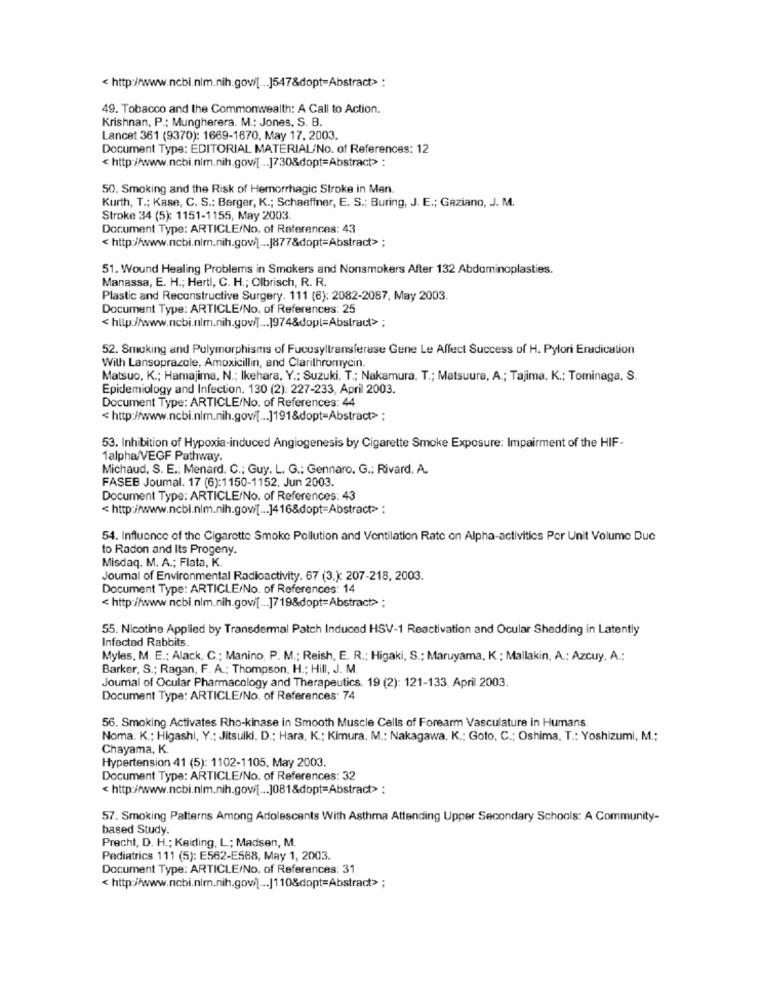
< http://www.ncbi.nim.nih.gov/[. .. ]547&dopt=Abstract> :
49. Tobacco and the Commonwealth: A Call to Action.
Krishnan, P .: Mungherera. M .: Jones, S. B.
Lancet 361 (9370): 1669-1670, May 17, 2003.
Document Type: EDITORIAL MATERIAL/No. of References: 12
<http://www.ncbi.nlm.nih.gov/[ ... ]730&dopt=Abstract> :
50. Smoking and the Risk of Hemorrhagic Stroke in Man.
Kurth, T .; Kase, C. S .: Berger, K .; Schaffner, E. S .; Buring, J. E .; Gaziano, J. M.
Stroke 34 (5): 1151-1155, May 2003.
Document Type: ARTICLE/No. of References: 43
< http://www.ncbi.nlm.nih.gov/[ ... |877&dopt=Abstract> ;
51. Wound Healing Problems in Smokers and Nonsmokers After 132 Abdominoplasties.
Manassa, E. H .; Hertl, C. H .; Olbrisch, R. R.
Plastic and Reconstructive Surgery. 111 (6): 2082-2087, May 2003.
Document Type: ARTICLE/No. of References: 25
<http://www.ncbi.nlm.nih.gov/[ ... ]974&dopl=Abstract> ;
52. Smoking and Polymorphisms of Fucusyltransferase Gene Le Affect Success of H. Pylori Eradication
With Lansoprazole, Amoxicillin, and Clarithromycin.
Matsuo, K .; Hamajima, N .; Ikehara, Y .; Suzuki. T .; Nakamura. T .; Matsuura, A .; Tajima, K .; Tominaga, S.
Epidemiology and Infection. 130 (2): 227-233. April 2003.
Document Type: ARTICLE/No. of References: 44
< http://www.ncbi.nlm.nih.gov/[ ... ]191&dopt-Abstract> ;
53. Inhibition of Hypoxia-induced Angiogenesis by Cigarette Smoke Exposure: Impairment of the HIF-
1alpha/VEGF Pathway.
Michaud, S. E .: Menard. C .: Guy. L. G .: Gennaro. G .: Rivard. A.
FASEB Joumal. 17 (6):1150-1152, Jun 2003.
Document Type: ARTICLE/No. of References: 43
< http://www.ncbi.nim.nih.gov/[ ... ]416&dopt=Abstract> :
54. Influence of the Cigarette Smoke Pollution and Ventilation Rate on Alpha-activities Per Unit Volume Due
to Radon and Its Progeny.
Misdaq. M. A .; Flata, K.
Joumal of Environmental Radioactivity. 67 (3.): 207-218, 2003.
Document Type: ARTICLE/No. of References: 14
< http://www.ncbi.nim.nih.gov/[ ... ]719&dopt=Abstract> ;
55. Nicotine Applied by Transdermal Patch Induced HSV-1 Reactivation and Ocular Shedding in Latently
Infected Rabbits
Myles, M. E .; Alack, C .; Manino, P. M .; Reish, E. R .; Higaki, S .; Maruyama, K .: Mallakin, A .; Azcuy, A .;
Barker, S .; Ragan, F. A .; Thompson, H .; Hill, J. M.
Journal of Ocular Pharmacology and Therapeutics. 19 (2): 121-133. April 2003.
Document Type: ARTICLE/No. of References: 74
56. Smoking Activates Rho-kinase in Smooth Muscle Cells of Forearm Vasculature in Humans
Noma. K .; Higashi, Y .: Jitsuiki, D .; Hara, K .: Kimura, M .: Nakagawa, K .; Goto, C .; Oshima, T .: Yoshizumi, M .;
Chayama, K.
Hypertension 41 (5): 1102-1105, May 2003.
Document Type: ARTICLE/No. of References: 32
< http://www.ncbi.nlm.nih.gov[ ... ]081&dopt=Abstract> :
57. Smoking Patterns Among Adolescents With Asthma Attending Upper Secondary Schools: A Community-
based Study.
Pracht, D. H .; Keiding, L; Madsen, M.
Pediatrics 111 (5): E562-ES68, May 1, 2003.
Document Type: ARTICLE/No. of References: 31
< http://www.ncbi.nlm.nih.gov/[ ... |110&dopt=Abstract> ;